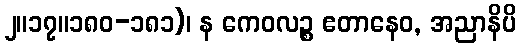
၂။၁၇။၁၈၀-၁၈၁)၊ န ကေဝလဉ္စ ဧတာနေဝ, အညာနိပိ